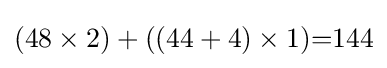
(48\times 2)+((44+4)\times 1){=}144